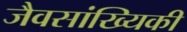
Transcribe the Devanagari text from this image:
जैवसांख्‍यिकी